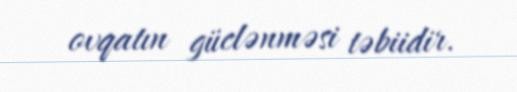
ovqatın güclənməsi təbiidir.